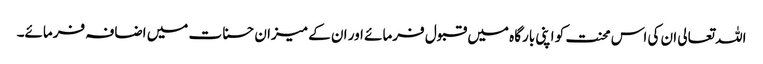
اللہ تعالی ان کی اس محنت کو اپنی بارگاہ میں قبول فرمائے اور ان کے میزان حسنات میں اضافہ فرمائے۔